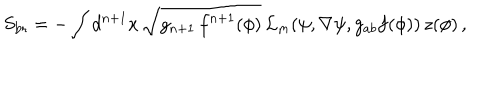
S _ { \mathrm { b r } } = - \int { d ^ { n + 1 } x \, \sqrt { g _ { n + 1 } \, f ^ { n + 1 } ( \phi ) } \, { \mathcal { L } } _ { m } ( \psi , \nabla \psi , g _ { a b } f ( \phi ) ) } \, z ( \phi ) \, ,